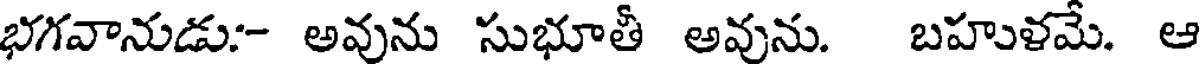
భగవానుడు:- అవును సుభూతీ అవును. బహుళమే. ఆ